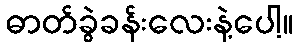
ဓာတ်ခွဲခန်းလေးနဲ့ပေါ့။